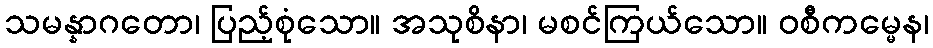
သမန္နာဂတော၊ ပြည့်စုံသော။ အသုစိနာ၊ မစင်ကြယ်သော။ ဝစီကမ္မေန၊